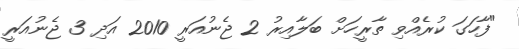
"ފާހަގަ ކުރެއްވި ތާރީހަށް ބަލާއިރު 2 ޖެނުއަރީ 2010 އަދި 3 ޖެނުއަރީ